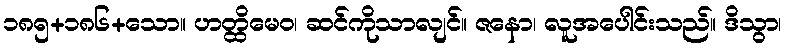
၁၈၅+၁၈၆+သော။ ဟတ္ထိမေဝ၊ ဆင်ကိုသာလျင်။ ဇနော၊ လူအပေါင်းသည်။ ဒိသွာ၊